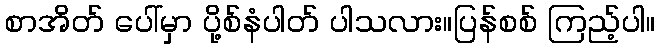
စာအိတ် ပေါ်မှာ ပို့စ်နံပါတ် ပါသလား။ပြန်စစ် ကြည့်ပါ။